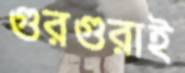
গুরগুরাই